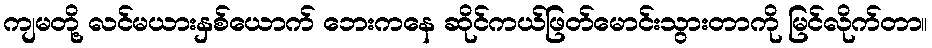
ကျမတို့ လင်မယားနှစ်ယောက် ဘေးကနေ ဆိုင်ကယ်ဖြတ်မောင်းသွားတာကို မြင်လိုက်တာ။